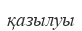
қазылуы